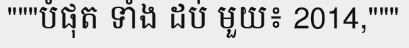
"""បំផុត ទាំង ដប់ មួយ៖ 2014,"""